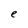
Character: e